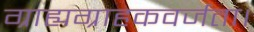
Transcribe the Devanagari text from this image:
ग्राह्यग्राहकवर्जता।